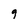
Character: 9